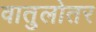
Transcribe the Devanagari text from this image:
वातुलोतर